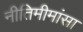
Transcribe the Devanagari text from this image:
नीतिमीमांसा